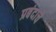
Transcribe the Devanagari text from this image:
प्रबंदाचे